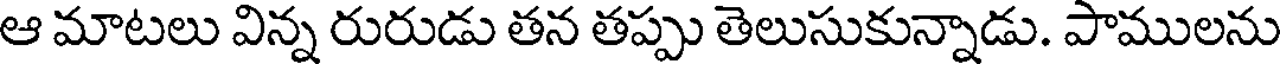
ఆ మాటలు విన్న రురుడు తన తప్పు తెలుసుకున్నాడు. పాములను